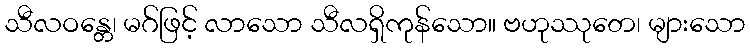
သီလဝန္တေ၊ မဂ်ဖြင့် လာသော သီလရှိကုန်သော။ ဗဟုဿုတေ၊ များသော